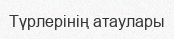
Түрлерінің атаулары